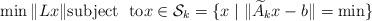
LaTeX: \begin{align*}\min\|Lx\| {\rm subject\ \ to}x\in\mathcal{S}_k=\{x\mid\|\widetilde{A}_kx-b\|=\min \}\end{align*}